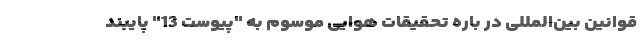
قوانین بین‌المللی در باره تحقیقات هوایی موسوم به "پیوست 13" پایبند